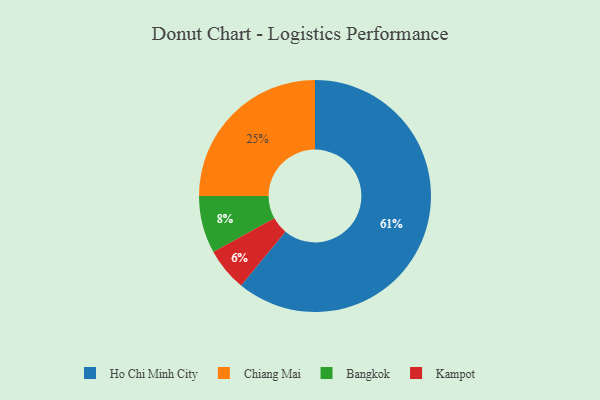
{"axis": {"x": "Category", "y": "Percentage"}, "legend": ["Bangkok", "Chiang Mai", "Ho Chi Minh City", "Kampot"], "data": [{"x": "Ho Chi Minh City", "y": 61, "type": "Ho Chi Minh City"}, {"x": "Kampot", "y": 6, "type": "Kampot"}, {"x": "Chiang Mai", "y": 25, "type": "Chiang Mai"}, {"x": "Bangkok", "y": 8, "type": "Bangkok"}]}